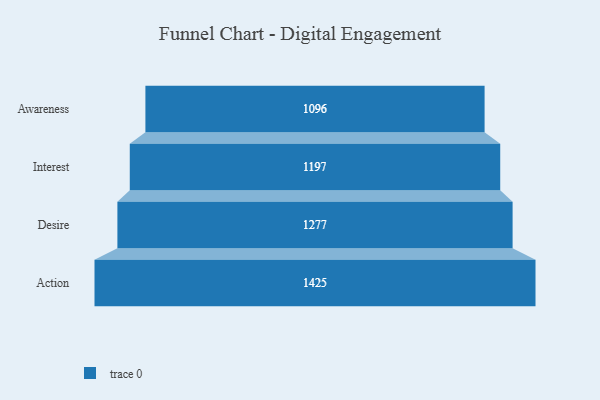
{"axis": {"x": "Stage", "y": "Value"}, "legend": [""], "data": [{"x": "Awareness", "y": 1096.0, "type": ""}, {"x": "Interest", "y": 1197.0, "type": ""}, {"x": "Desire", "y": 1277.0, "type": ""}, {"x": "Action", "y": 1425.0, "type": ""}]}